Report on vaccination in the Province of Bengal - 1869-1873
Year: 1869
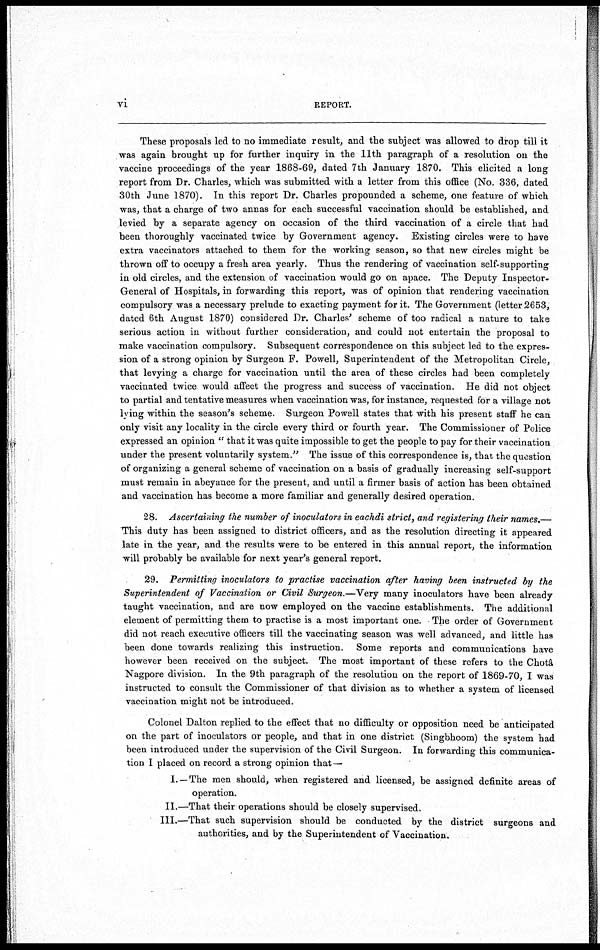
vi
REPORT.
These proposals led to no immediate result, and the subject was allowed to drop till it
was again brought up for further inquiry in the 11th paragraph of a resolution on the
vaccine proceedings of the year 1868-69, dated 7th January 1870. This elicited a long
report from Dr. Charles, which was submitted with a letter from this office (No. 336, dated
30th June 1870). In this report Dr. Charles propounded a scheme, one feature of which
was, that a charge of two annas for each successful vaccination should be established, and
levied by a separate agency on occasion of the third vaccination of a circle that had
been thoroughly vaccinated twice by Government agency. Existing circles were to have
extra vaccinators attached to them for the working season, so that new circles might be
thrown off to occupy a fresh area yearly. Thus the rendering of vaccination self-supporting
in old circles, and the extension of vaccination would go on apace. The Deputy Inspector-
General of Hospitals, in forwarding this report, was of opinion that rendering vaccination
compulsory was a necessary prelude to exacting payment for it. The Government (letter 2653,
dated 6th August 1870) considered Dr. Charles' scheme of too radical a nature to take
serious action in without further consideration, and could not entertain the proposal to
make vaccination compulsory. Subsequent correspondence on this subject led to the expres-
sion of a strong opinion by Surgeon F. Powell, Superintendent of the Metropolitan Circle,
that levying a charge for vaccination until the area of these circles had been completely
vaccinated twice would affect the progress and success of vaccination. He did not object
to partial and tentative measures when vaccination was, for instance, requested for a village not
lying within the season's scheme. Surgeon Powell states that with his present staff he can
only visit any locality in the circle every third or fourth year. The Commissioner of Police
expressed an opinion " that it was quite impossible to get the people to pay for their vaccination
under the present voluntarily system" The issue of this correspondence is, that the question
of organizing a general scheme of vaccination on a basis of gradually increasing self-support
must remain in abeyance for the present, and until a firmer basis of action has been obtained
and vaccination has become a more familiar and generally desired operation.
28. Ascertaining the number of inoculators in eachdi strict, and registering their names.—
This duty has been assigned to district officers, and as the resolution directing it appeared
late in the year, and the results were to be entered in this annual report, the information
will probably be available for next year's general report.
29. Permitting inoculators to practise vaccination after having been instructed by the
Superintendent of Vaccination or Civil Surgeon.—Very many inoculators have been already
taught vaccination, and are now employed on the vaccine establishments. The additional
element of permitting them to practise is a most important one. The order of Government
did not reach executive officers till the vaccinating season was well advanced, and little has
been done towards realizing this instruction. Some reports and communications have
however been received on the subject. The most important of these refers to the Chotâ
Nagpore division. In the 9th paragraph of the resolution on the report of 1869-70, I was
instructed to consult the Commissioner of that division as to whether a system of licensed
vaccination might not be introduced.
Colonel Dalton replied to the effect that no difficulty or opposition need be anticipated
on the part of inoculators or people, and that in one district (Singbhoom) the system had
been introduced under the supervision of the Civil Surgeon. In forwarding this communica-
tion I placed on record a strong opinion that—
I.—The men should, when registered and licensed, be assigned definite areas of
operation.
II.—That their operations should be closely supervised.
III.—That such supervision should be conducted by the district surgeons and
authorities, and by the Superintendent of Vaccination.